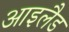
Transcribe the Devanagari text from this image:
आइलैड